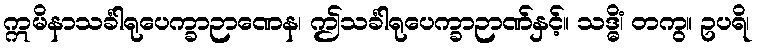
ဣမိနာသင်္ခါရုပေက္ခာဉာဏေန၊ ဤသင်္ခါရုပေက္ခာဉာဏ်နှင့်။ သဒ္ဓိံ၊ တကွ။ ဥပရိ၊